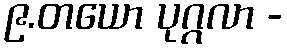
၉.တယော ပုဂ္ဂလာ -